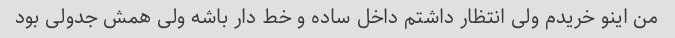
من اینو خریدم ولی انتظار داشتم داخل ساده و خط دار باشه ولی همش جدولی بود